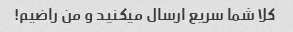
کلا شما سریع ارسال میکنید و من راضیم!